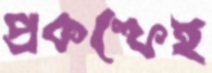
প্রকল্পেই